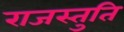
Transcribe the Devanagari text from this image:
राजस्तुति